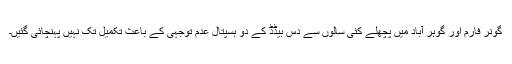
گونر فارم اور گوہر آباد میں پچھلے کئی سالوں سے دس بیڈڈ کے دو ہسپتال عدم توجہی کے باعث تکمیل تک نہیں پہنچائی گئیں۔